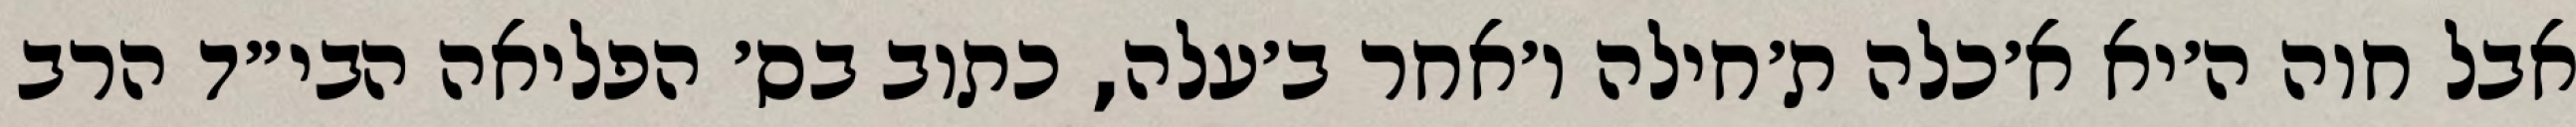
אבל חוה ה׳יא א׳כלה ת׳חילה ו׳אחר ב׳עלה, כתוב בס׳ הפליאה הבי״ד הרב